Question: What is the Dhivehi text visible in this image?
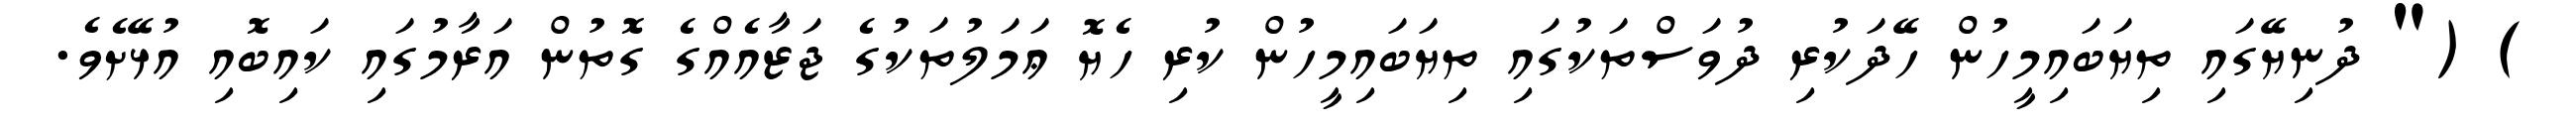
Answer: ) (" ދުނިޔޭގައި ތިޔަބައިމީހުން ހޭދަކުރި ދުވަސްތަކުގައި ތިޔަބައިމީހުން ކުރި ހެޔޮ ޢަމަލުތަކުގެ ޖަޒާއެއްގެ ގޮތުން އަރާމުގައި ކައިބޮއި އުޅޭށެވެ.